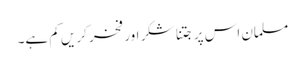
مسلمان اس پر جتنا شکر اور فخر کریں کم ہے۔